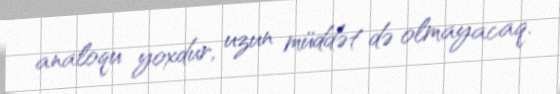
analoqu yoxdur, uzun müddət də olmayacaq.